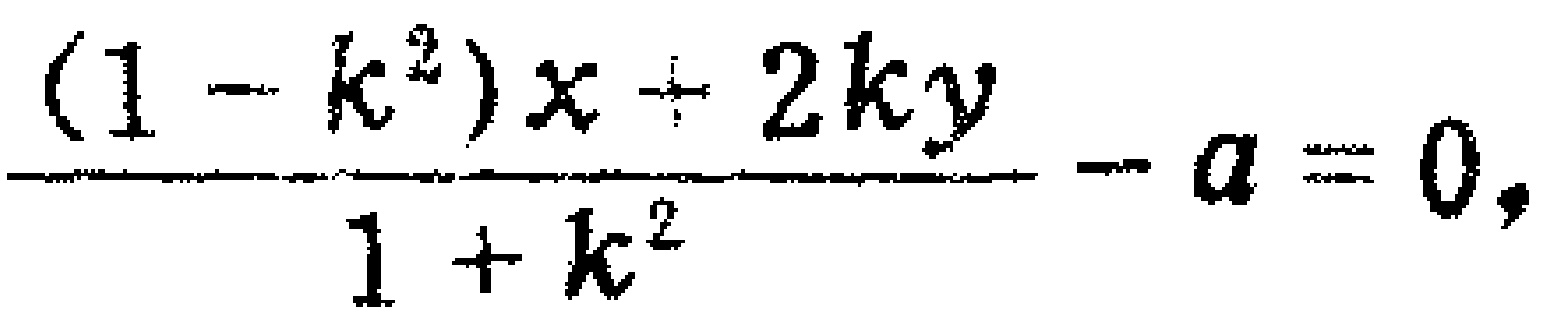
\frac{(1 - k^{2})x + 2ky}{1 + k^{2}} - a = 0,